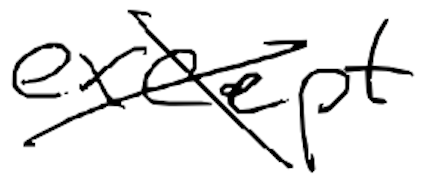
Text: except
Cross-out: cross
Writing tool: digital_black